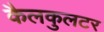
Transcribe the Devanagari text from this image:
कैलकुलटर